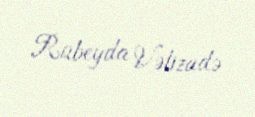
Rübeyda Vəlizadə